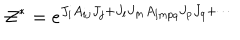
{ \cal Z } ^ { * } = e ^ { J _ { i } A _ { i j } J _ { j } + J _ { l } J _ { m } A _ { l m p q } J _ { p } J _ { q } + \cdots }